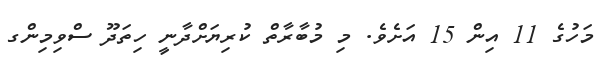
މަހުގެ 11 އިން 15 އަށެވެ. މި މުބާރާތް ކުރިޔަށްދާނީ ހިތަދޫ ސްވިމިންގ